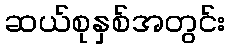
ဆယ်စုနှစ်အတွင်း